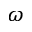
\omega